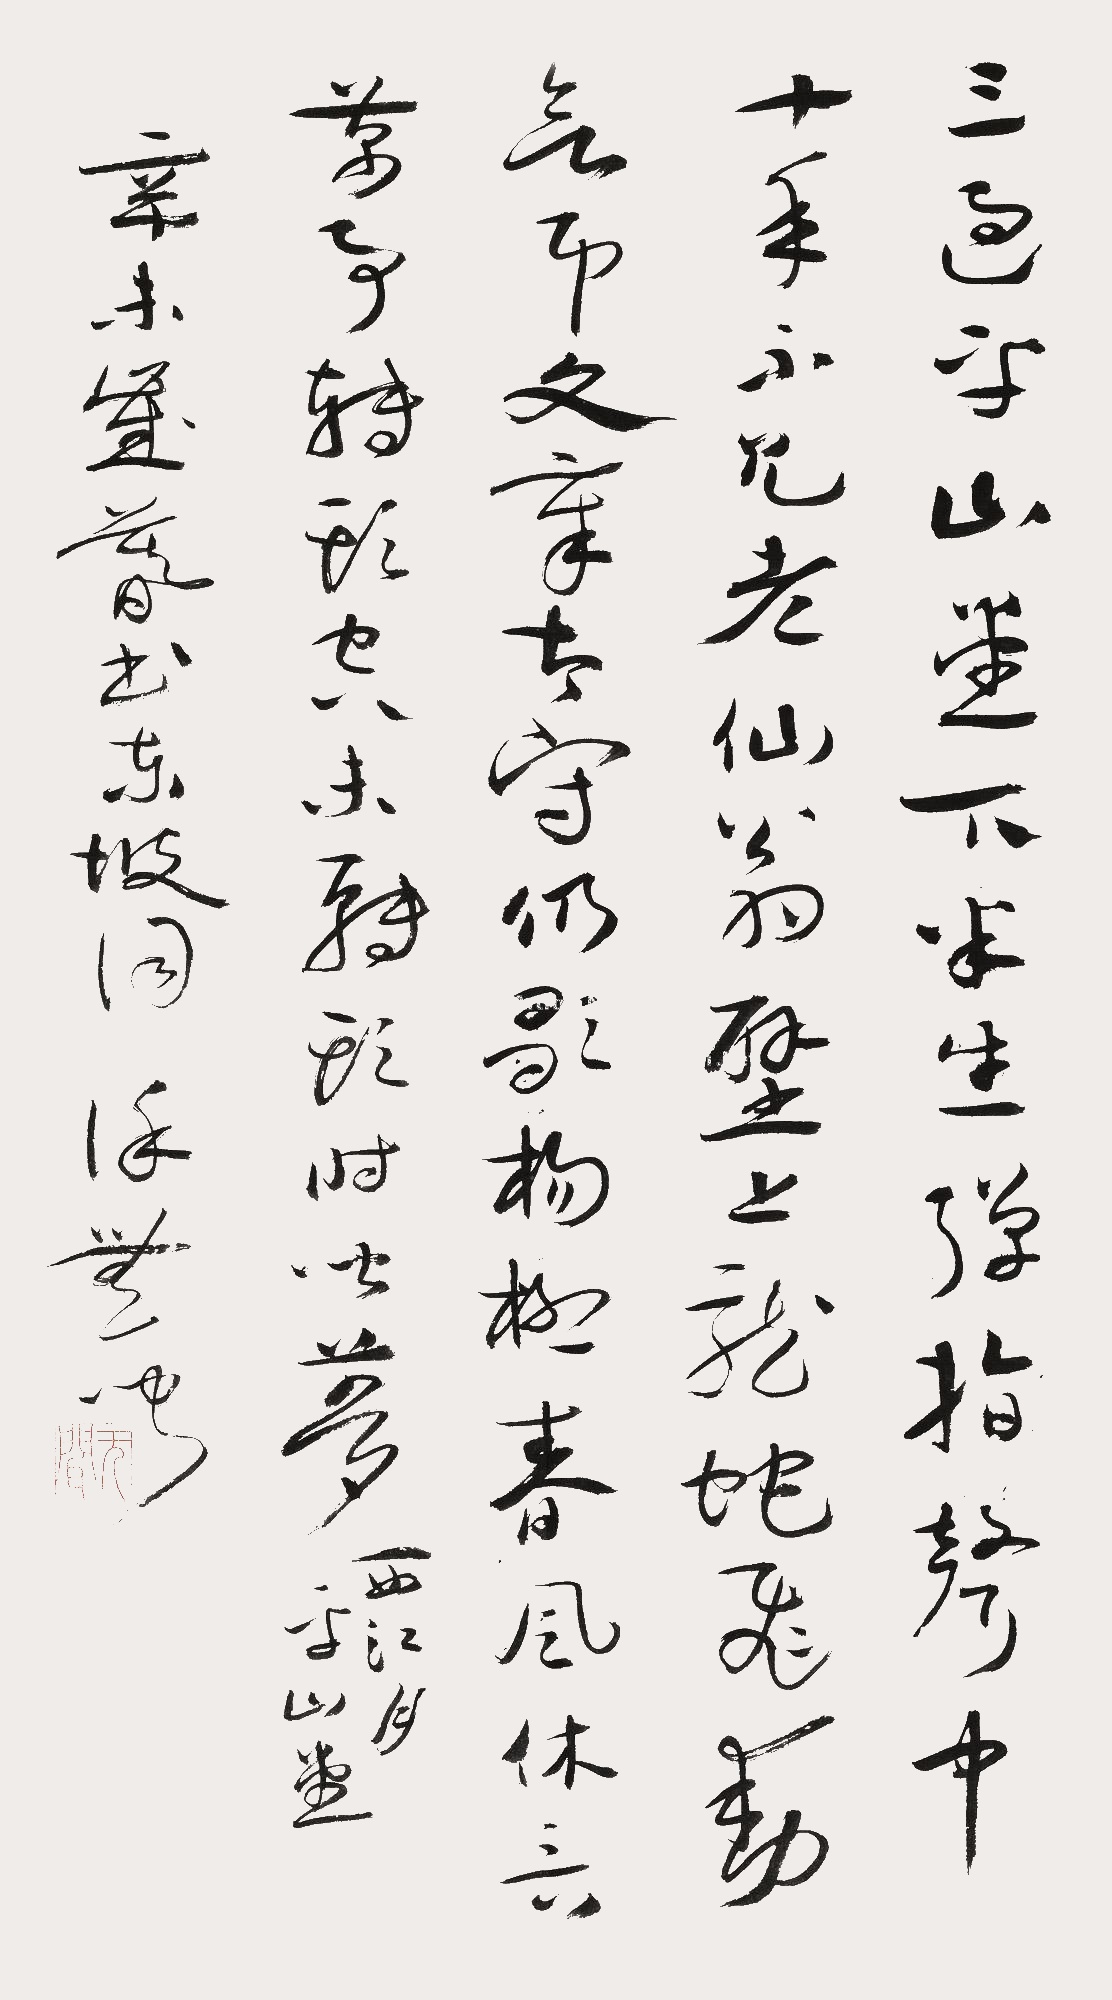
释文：三过平山堂下，半生弹指声中。十年不见老仙翁，壁上龙蛇飞动。欲吊文章太守，仍歌杨柳春风。休言万事转头空，未转头时皆梦。西江月·平山堂，辛未岁暮书东坡词，徐无闻。